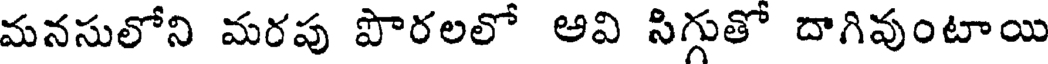
మనసులోని మరపు పొరలలో అవి సిగ్గుతో దాగివుంటాయి